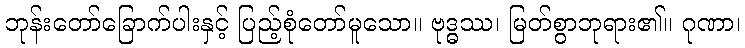
ဘုန်းတော်ခြောက်ပါးနှင့် ပြည့်စုံတော်မူသော။ ဗုဒ္ဓဿ၊ မြတ်စွာဘုရား၏။ ဂုဏာ၊